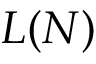
L ( N )